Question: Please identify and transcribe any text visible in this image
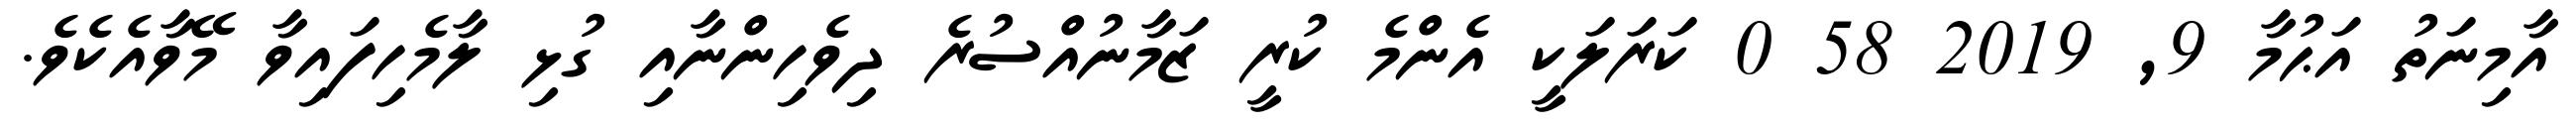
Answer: އާމިނަތު އަޙުމާ 9, 2019 58 0 ކަރަލަކީ އެންމެ ކުރީ ޒަމާނުއްސުރެ ދިވެހިންނާއި ގުޅި ލާމެހިފައިވާ މޭވާއެކެވެ.